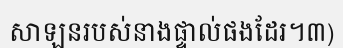
សាឡនរបស់នាងផ្ទាល់ផងដែរ។៣)